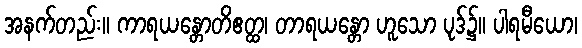
အနက်တည်း။ ကာရယန္တောတိဧတ္ထ၊ တာရယန္တော ဟူသော ပုဒ်၌။ ပါရမီယော၊